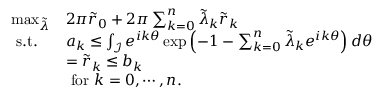
\begin{array} { l l } { \operatorname* { m a x } _ { \tilde { \lambda } } } & { 2 \pi \tilde { r } _ { 0 } + 2 \pi \sum _ { k = 0 } ^ { n } \tilde { \lambda } _ { k } \tilde { r } _ { k } } \\ { \mathrm { ~ s . t . ~ } } & { a _ { k } \leq \int _ { \mathcal { I } } e ^ { i k \theta } \exp \left( - 1 - \sum _ { k = 0 } ^ { n } \tilde { \lambda } _ { k } e ^ { i k \theta } \right) d \theta } \\ & { = \tilde { r } _ { k } \leq b _ { k } } \\ & { \mathrm { ~ f o r ~ } k = 0 , \cdots , n . } \end{array}